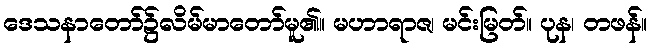
ဒေသနာတော်၌လိမ်မာတော်မူ၏။ မဟာရာဇ၊ မင်းမြတ်။ ပုန၊ တဖန်။